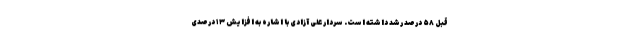
قبل ۵۸ درصد رشد داشته است. سردار علی آزادی با اشاره به افزایش ۱۳ درصدی